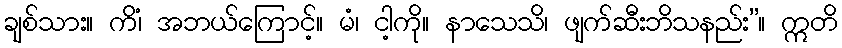
ချစ်သား။ ကိံ၊ အဘယ်ကြောင့်။ မံ၊ ငါ့ကို။ နာသေသိ၊ ဖျက်ဆီးဘိသနည်း”။ ဣတိ